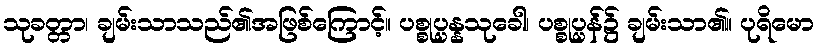
သုခတ္တာ၊ ချမ်းသာသည်၏အဖြစ်ကြောင့်။ ပစ္စုပ္ပန္နသုခေါ၊ ပစ္စုပ္ပန်၌ ချမ်းသာ၏။ ပုရိမော